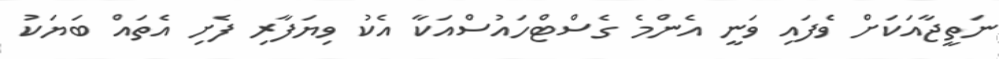
ނަތީޖާއަކަށް ވެފައި ވަނީ އެންމެ ގެސްޓްހައުސްއަކާ އެކު ވިޔަފާރި ފެށި އެތައް ބަޔަކު